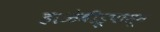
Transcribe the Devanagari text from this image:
हाळेबीडूपासून